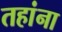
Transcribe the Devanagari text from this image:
तहांना